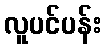
လူပင်ပန်း